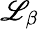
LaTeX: \mathscr{L}_{\beta}